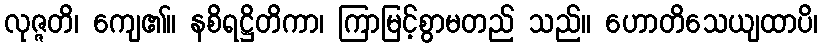
လုဇ္ဇတိ၊ ကျေ၏။ နစိရဋ္ဌိတိကာ၊ ကြာမြင့်စွာမတည် သည်။ ဟောတိသေယျထာပိ၊